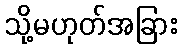
သို့မဟုတ်အခြား